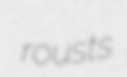
rousts